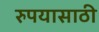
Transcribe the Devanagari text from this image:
रुपयासाठी